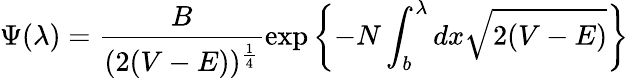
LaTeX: \Psi(\lambda)=\frac{B}{(2(V-E))^{\frac{1}{4}}}\exp\left\{ -N\int_{b}^{\lambda}dx\sqrt{2(V-E)}\right\}